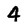
Character: 4